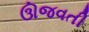
ઊજવતી